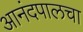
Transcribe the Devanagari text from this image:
आनंदपालचा